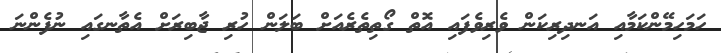
ހަމަހިމޭންކަމާއި އަނދިރިކަން ވެރިވެފައި އޮތް ގޯތިތެރެއަށް ބަލަން ހުރި ޖާބިރަށް އެތާނގައި ނުފެންނަ